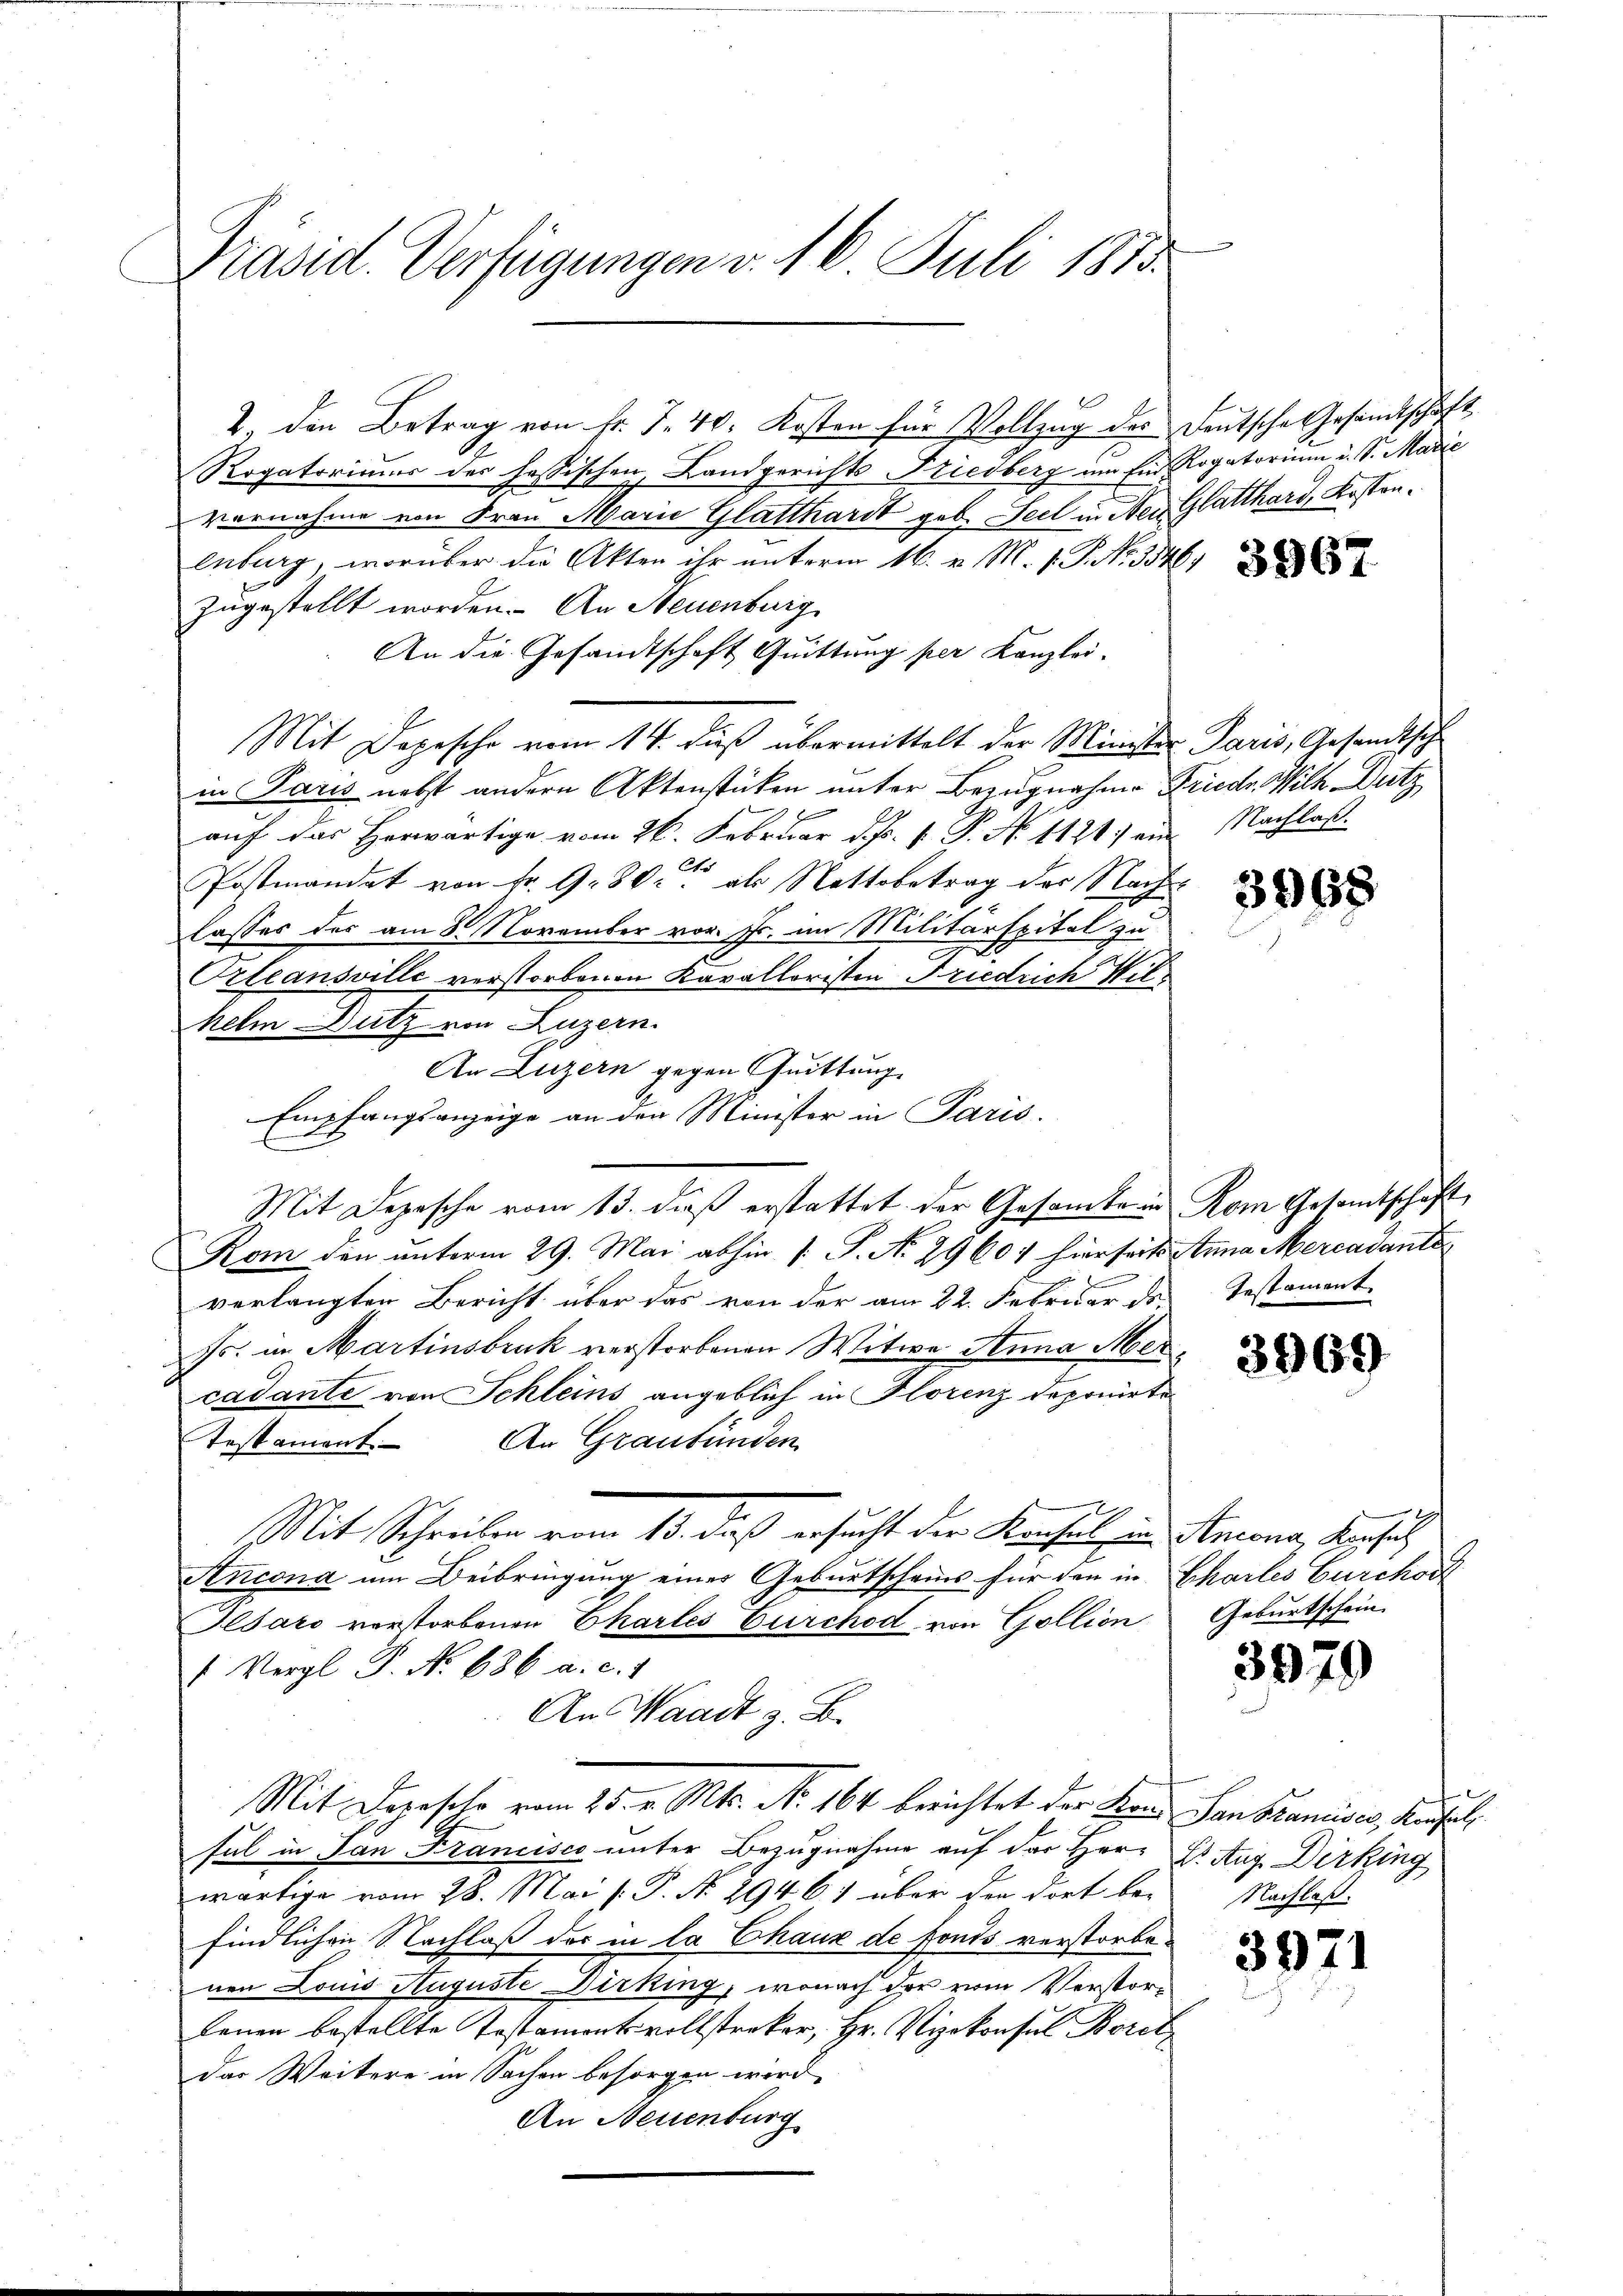
Präsid. Verfügungen v. 16 Juli 1853

2. den Betrag von fr. 7. 40. Kosten für Vollzug des Deutsche Gesandtschaft
Rogatorimus der fassischen Landgerichts Friedberg um Ein Rogatorium u. S. Marie
vornahme von Frau Marie Glatthardt geb. Seel in Neu Glatthard, Kostenlnburg, worüber die Akten ihr unterm 16. v. M. v. P. No. 3546)
zugestellt worden. An Neuenburg,
An die Gesandtschaft Quittung per Kanzlei-
Mit Depesche vom 14. dieß übermittelt der Minister Paris, Gesandtsch
in Paris nebst andern Aktenstücken unter Bezugnahme Friedr. Wilh. Dutz
0 x
auf das Herwärtige vom 26. Februar d. Js. v. P. N. 1121: ein Nachlaß
Postmandat von Fr. 9. 80. als Nettobetrag des Nach
lasses des am 8. November vor. Js. im Militärspital zu
Prleansville verstorbenen Kavalloristen Friedrich Wilhelm Dutz von Luzern.
An Luzern gegen Quittung
Empfangsanzeige an den Minister in Paris.
E
Mit Depesche vom 13. dieß erstattet der Gesamte in Rom Gesamtschaft
Kom den unterm 29. Mai abhin /: P. N. 2960. hierseits Anna Mercadante
verlangten Bericht über das von der am 22. Februar des Testament
Fr. in Martinsbruk verstorbenen Witwe Anna Mercadante von Schleins angeblich in Florenz deponirte
Testament. An Graubünden
19
Mit Schreiben vom 13. daß ersucht der Konsul in Antona, Konsul
Ancona um Beibringung eines Geburtscheins für den in Chartes Gurchod
Ilsaro verstorbenen Chartes Curchod von Gollion Geburtschein.
 Vergl. P. Nr. 686 a. c. 1
An Waadt z. B.
Mit Deposito vom 25. v. Mts. No. 164 berichtet der Konsen Brandes, Kaufels
fel in San Francisco unter Bezugnahme auf der Herr Dr. Aug. Dirking
wärtige vom 28. Mai : P. N. 29461 über den dort be-
findlichen Nachlaß der in la Chaux de fonds verstorbenen Louis Auguste Dirking, wonach der vom Verstorlenen bestellte Testamentsvollstreker, Hr. Vizekonsul Boret
das Weitere in Sachen besorgen wird.
An Neuenburg

be

3967

3968

3969

3979

Nachlaß.

3971